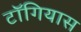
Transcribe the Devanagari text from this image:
टॉगियास